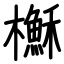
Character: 櫯